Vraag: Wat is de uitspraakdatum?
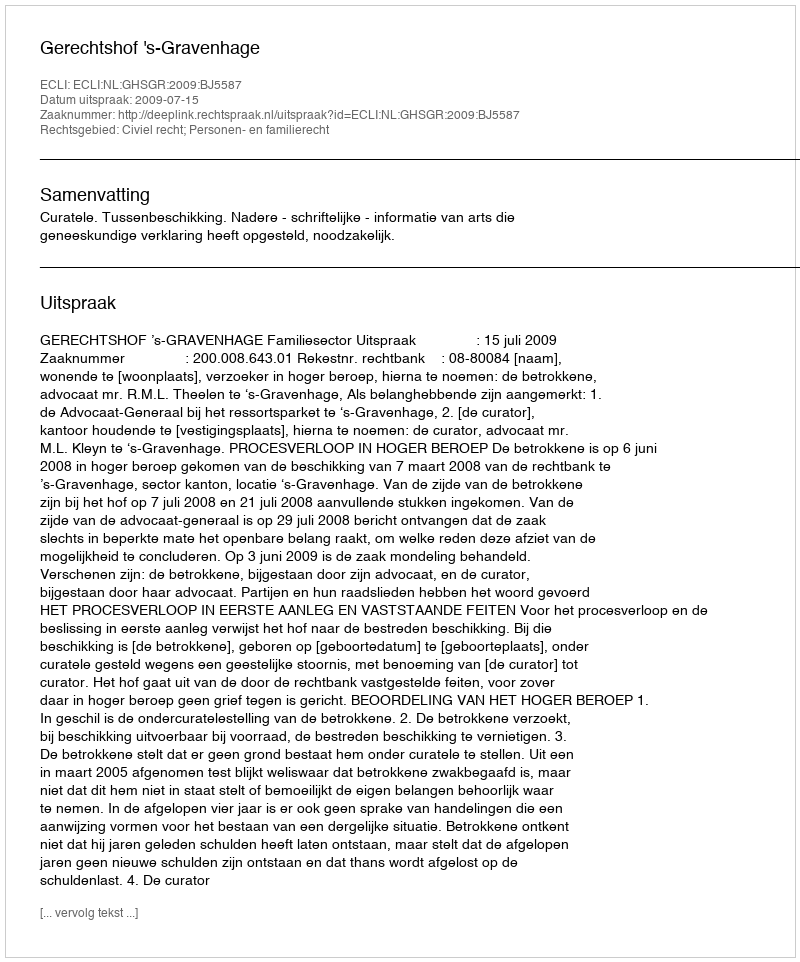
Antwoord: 2009-07-15